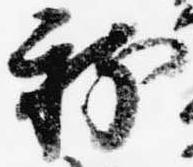
新